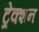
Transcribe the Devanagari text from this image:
ट्रेक्शन